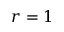
r = 1